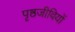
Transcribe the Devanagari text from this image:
पृष्ठजीवियों